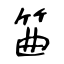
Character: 筁